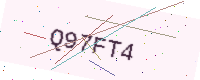
Text: Q97FT4